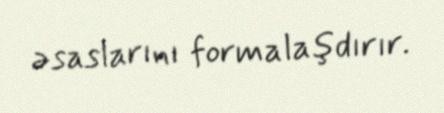
əsaslarını formalaşdırır.